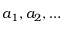
a _ { 1 } , a _ { 2 } , \dotsc